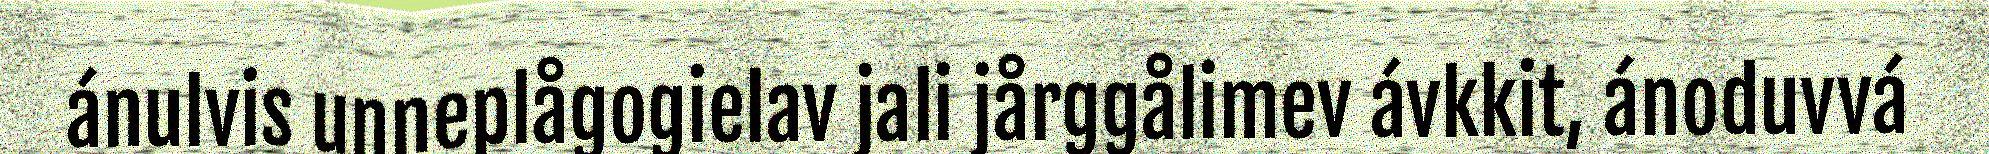
ánulvis unneplågogielav jali jårggålimev ávkkit, ánoduvvá